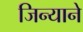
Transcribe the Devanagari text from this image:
जिन्याने